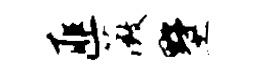
匪薇墅